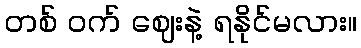
တစ် ဝက် ဈေးနဲ့ ရနိုင်မလား။